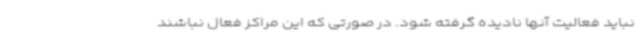
نباید فعالیت آنها نادیده گرفته شود. در صورتی که این مراکز فعال نباشند